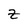
Character: Z